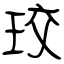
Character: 珓